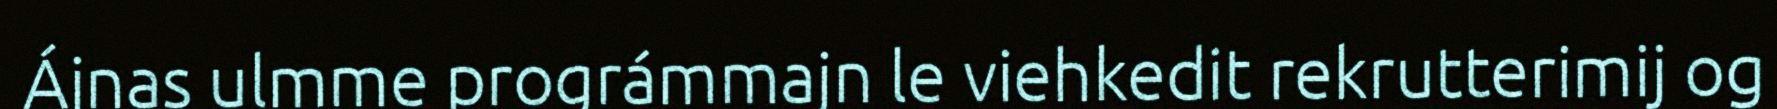
Ájnas ulmme prográmmajn le viehkedit rekrutterimij og